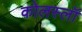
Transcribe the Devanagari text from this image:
कोलस्लॉ